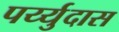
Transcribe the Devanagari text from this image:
पर्य्युदास